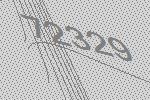
72329